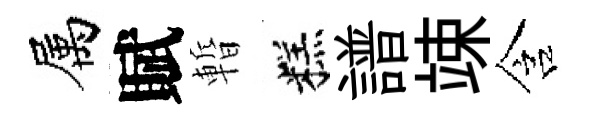
属賦暫糕譜竦含